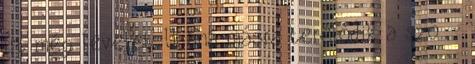
írt még levelet. Utána másra terelődik a szó. -